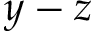
y - z